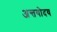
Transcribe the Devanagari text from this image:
अन्तयोदय